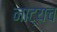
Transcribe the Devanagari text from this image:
नाट्यच